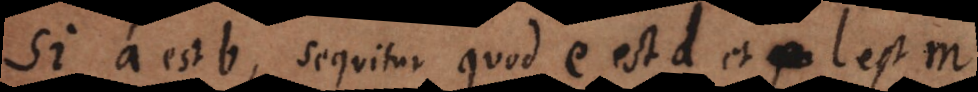
Si a est b sequitur quod e est d et l est m